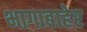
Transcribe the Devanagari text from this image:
भागाबाहेर